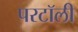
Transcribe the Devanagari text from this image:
परटॉली